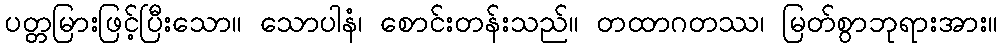
ပတ္တမြားဖြင့်ပြီးသော။ သောပါနံ၊ စောင်းတန်းသည်။ တထာဂတဿ၊ မြတ်စွာဘုရားအား။